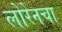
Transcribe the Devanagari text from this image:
लोरेनचा